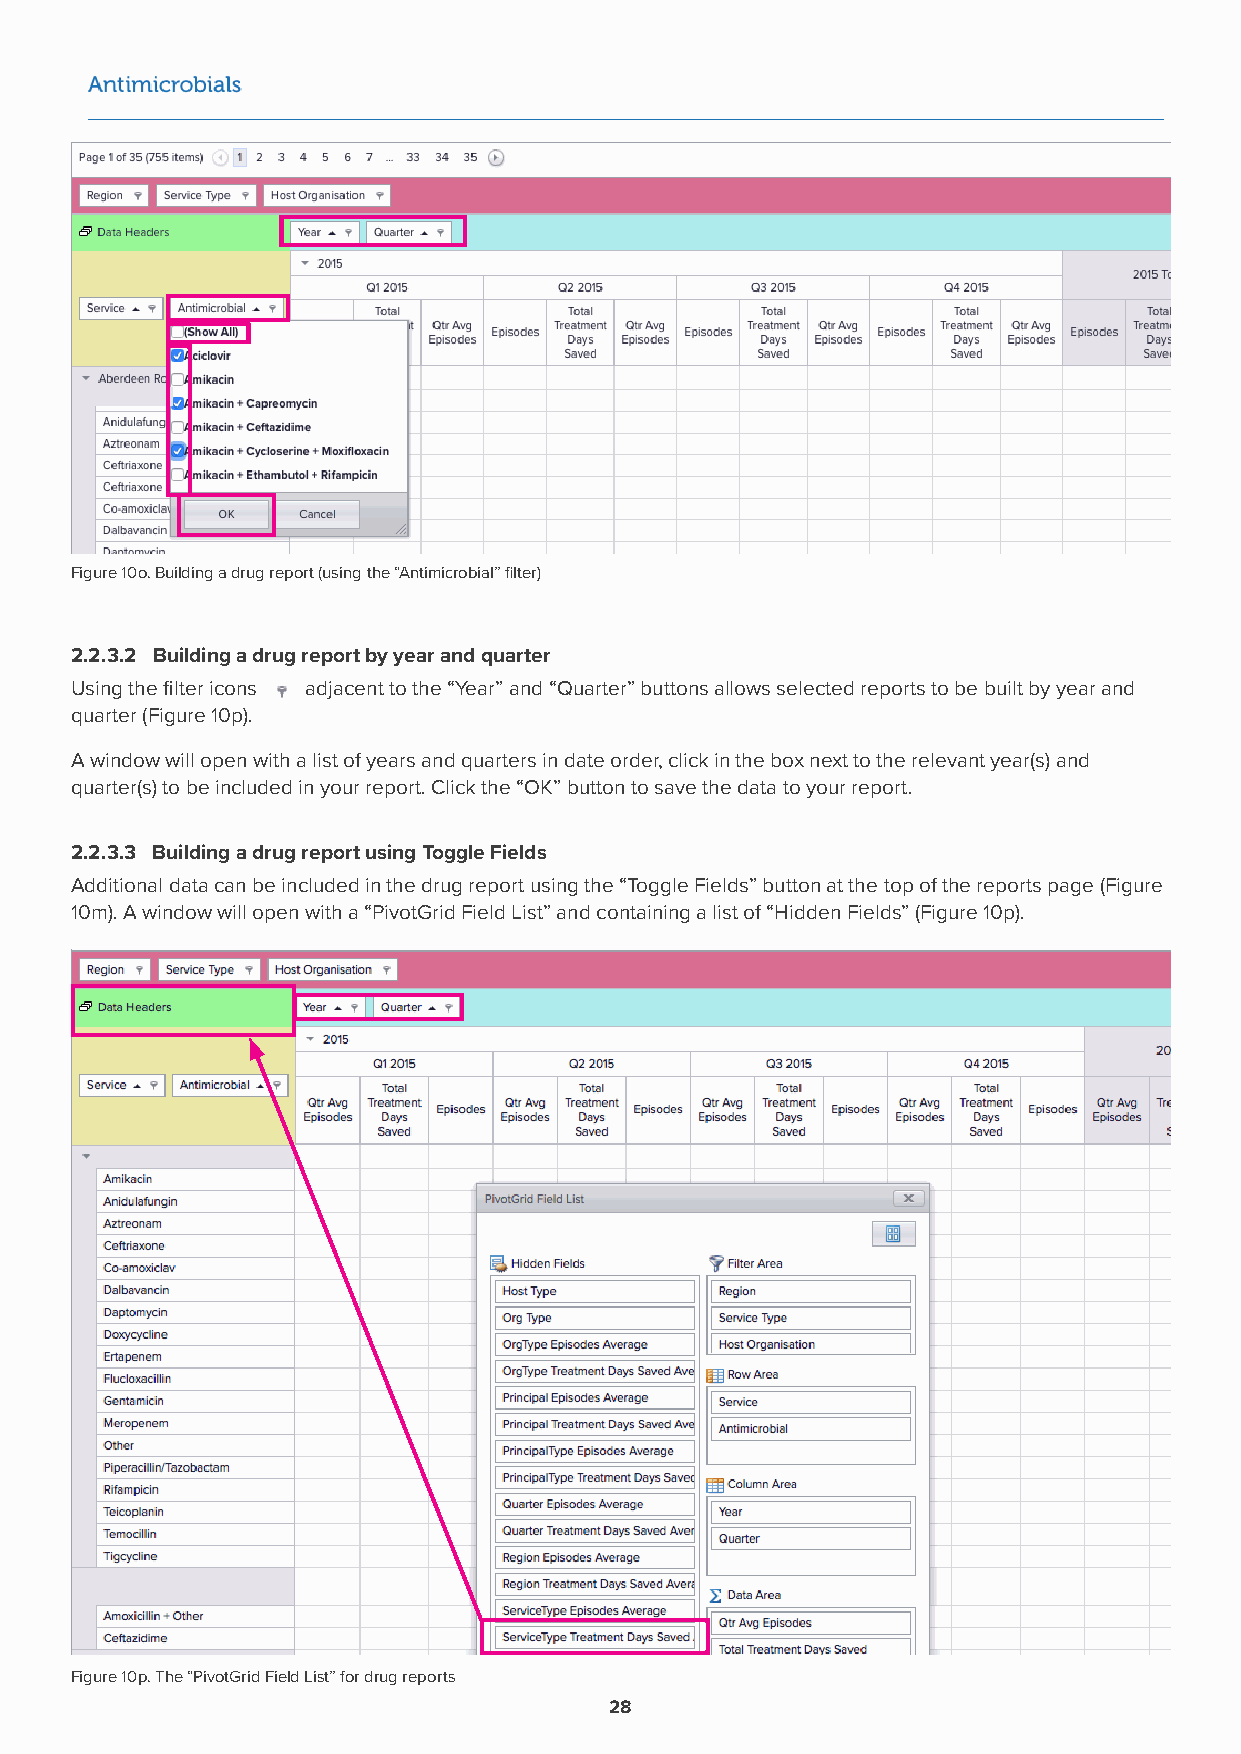
Figure 10o. Building a drug report (using the “Antimicrobial” filter)
 2.2.3.2 Building a drug report by year and quarter
 Using the filter icons adjacent to the “Year” and “Quarter” buttons allows selected reports to be built by year and
 quarter (Figure 10p).
 A window will open with a list of years and quarters in date order, click in the box next to the relevant year(s) and
 quarter(s) to be included in your report. Click the “OK” button to save the data to your report.
 2.2.3.3 Building a drug report using Toggle Fields
 Additional data can be included in the drug report using the “Toggle Fields” button at the top of the reports page (Figure
 10m). A window will open with a “PivotGrid Field List” and containing a list of “Hidden Fields” (Figure 10p).
 Figure 10p. The “PivotGrid Field List” for drug reports
 28